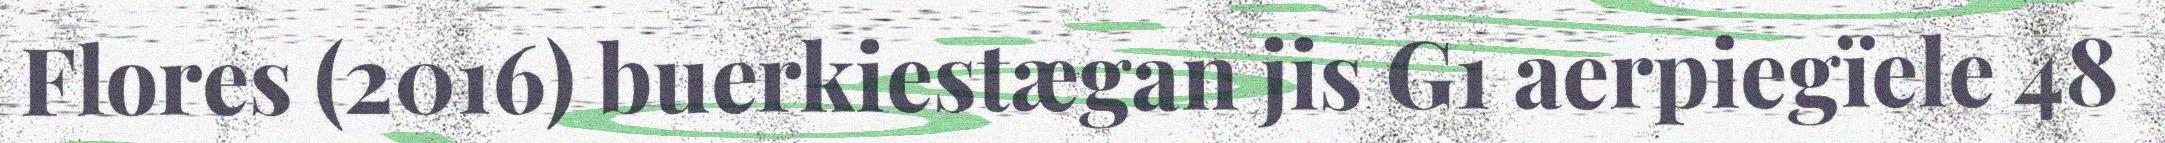
Flores (2016) buerkiestægan jis G1 aerpiegïele 48